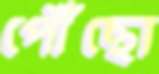
পৌঁছো